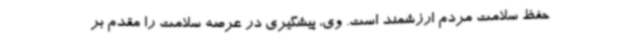
حفظ سلامت مردم ارزشمند است. وی، پیشگیری در عرصه سلامت را مقدم بر